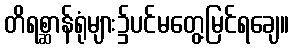
တိရစ္ဆာန်ရုံများ၌ပင်မတွေ့မြင်ရချေ။